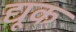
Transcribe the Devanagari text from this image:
द्यूक